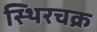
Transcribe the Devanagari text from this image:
स्थिरचक्र